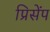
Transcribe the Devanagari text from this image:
प्रिसेंप